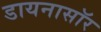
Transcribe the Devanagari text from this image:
डायनासॉर